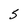
Character: S